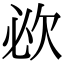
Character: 𣢠